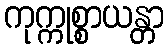
ကုက္ကုစ္စာယန္တာ